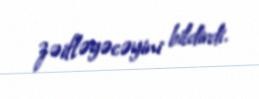
zəifləyəcəyini bildirdi.